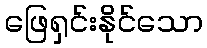
ဖြေရှင်းနိုင်သော